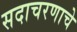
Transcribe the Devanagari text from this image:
सदाचरणाचे